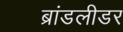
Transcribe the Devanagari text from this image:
ब्रांडलीडर